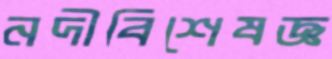
নদীবিশেষজ্ঞ